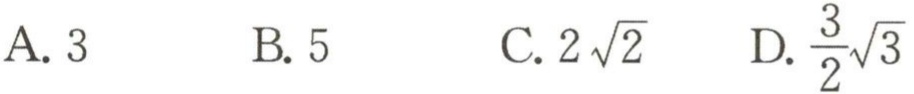
A. \(3\)  B. \(5\)  C. \(2\sqrt{2}\)  D. \(\frac{3}{2}\sqrt{3}\)